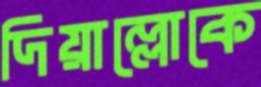
দিয়াল্লোকে